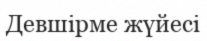
Девшірме жүйесі